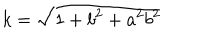
k = \sqrt { 1 + b ^ { 2 } + a ^ { 2 } b ^ { 2 } }